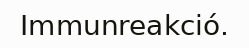
Immunreakció.